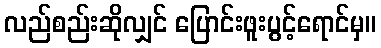
လည်စည်းဆိုလျှင် ပြောင်းဖူးပွင့်ရောင်မှ။